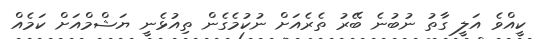
ކީއްވެ އަލީ ގާތު ނުބުނެ ބޭރު ތެރެއަށް ނުކުމެގެން ތިއުޅެނީ ޔަޝްމްއަށް ކަމެއް